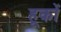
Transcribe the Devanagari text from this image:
हूकों